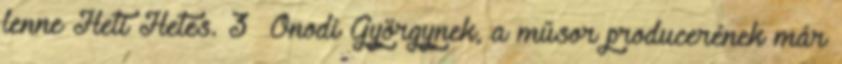
lenne Heti Hetes. 3 Ónodi Györgynek, a műsor producerének már